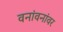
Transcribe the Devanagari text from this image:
वनांवनांवर